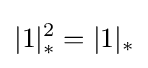
|1|_{*}^{2}=|1|_{*}